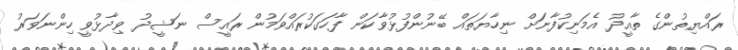
ރައްޔިތުންގެ ތާއީދު އެމަނިކުފާނަށް ނިހާޔަތައް ބޭނުންފުޅުވާކަން ފާހަގަކުރައްވަމުން ރައީސް ނަޝީދު ވިދާޅުވީ ހިންނަވަރު